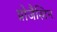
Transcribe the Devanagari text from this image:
प्रोजैस्टिन